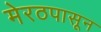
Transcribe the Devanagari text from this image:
मेरठपासून